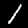
Label: 1